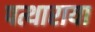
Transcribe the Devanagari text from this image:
पत्थाराया